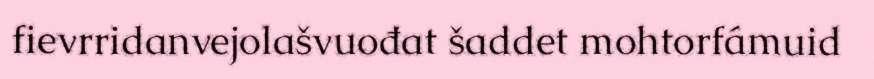
fievrridanvejolašvuođat šaddet mohtorfámuid